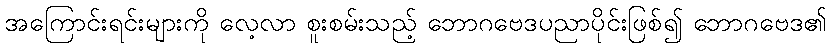
အကြောင်းရင်းများကို လေ့လာ စူးစမ်းသည့် ဘောဂဗေဒပညာပိုင်းဖြစ်၍ ဘောဂဗေဒ၏